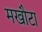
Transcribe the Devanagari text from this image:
मखौटा